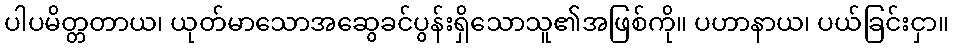
ပါပမိတ္တတာယ၊ ယုတ်မာသောအဆွေခင်ပွန်းရှိသောသူ၏အဖြစ်ကို။ ပဟာနာယ၊ ပယ်ခြင်းငှာ။